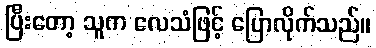
ပြီးတော့ သူက လေသံဖြင့် ပြောလိုက်သည်။